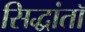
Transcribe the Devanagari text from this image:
सिद्धांतॉ